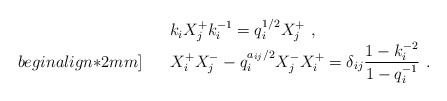
\begin{align*}\begin{array}{rcl}& &k_iX^+_jk_i^{-1}=q_i^{1/2}X^+_j~,\\begin{align*}2mm]&&X^+_iX^-_j-q^{a_{ij}/2}_iX^-_jX^+_i=\delta_{ij}\displaystyle\frac{1-k_i^{-2}} {1-q^{-1}_i}~.\end{array}\end{align*}